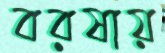
বরষায়